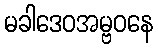
မခါဒေဝအမ္ဗဝနေ